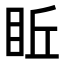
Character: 𥅔